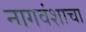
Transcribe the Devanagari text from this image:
नागवंशाचा